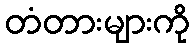
တံတားများကို